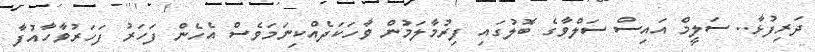
ދަރިފުޅާ.. ސަލީމް އައިސް ސަލްވާގެ ބޮލުގައި ފިރުމާލަމުން ވާހަކަދެއްކިނަމަވެސް އެހެން ފަހަރު ފަހަރުވާހާއުފާ